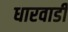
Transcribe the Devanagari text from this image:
धारवाडी